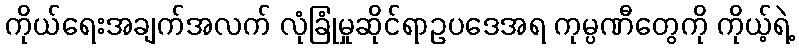
ကိုယ်ရေးအချက်အလက် လုံခြုံမှုဆိုင်ရာဥပဒေအရ ကုမ္ပဏီတွေကို ကိုယ့်ရဲ့